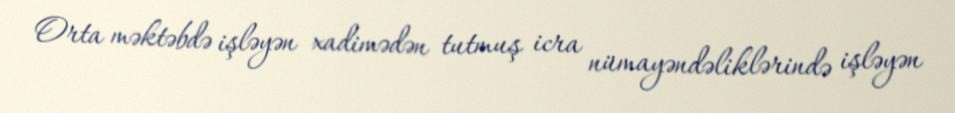
Orta məktəbdə işləyən xadimədən tutmuş icra nümayəndəliklərində işləyən